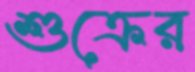
শুক্রের